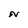
Character: N